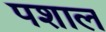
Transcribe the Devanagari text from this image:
पशाल